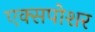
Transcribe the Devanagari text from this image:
एक्सपोशर